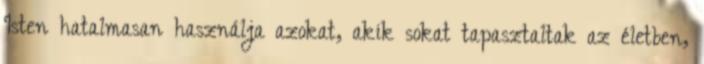
Isten hatalmasan használja azokat, akik sokat tapasztaltak az életben,